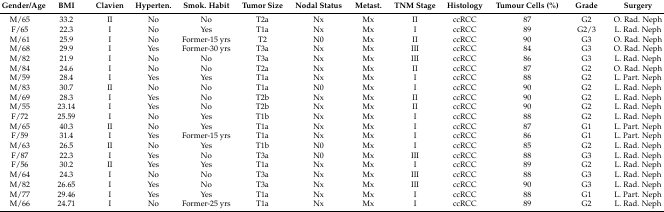
<table><thead><tr><td><b>Gender/Age</b></td><td><b>BMI</b></td><td><b>Clavien</b></td><td><b>Hyperten.</b></td><td><b>Smok. Habit</b></td><td><b>Tumor Size</b></td><td><b>Nodal Status</b></td><td><b>Metast.</b></td><td><b>TNM Stage</b></td><td><b>Histology</b></td><td><b>Tumour Cells (%)</b></td><td><b>Grade</b></td><td><b>Surgery</b></td></tr></thead><tbody><tr><td>M/65</td><td>33.2</td><td>II</td><td>No</td><td>No</td><td>T2a</td><td>Nx</td><td>Mx</td><td>II</td><td>ccRCC</td><td>87</td><td>G2</td><td>O. Rad. Neph</td></tr><tr><td>F/65</td><td>22.3</td><td>I</td><td>No</td><td>Yes</td><td>T1a</td><td>Nx</td><td>Mx</td><td>I</td><td>ccRCC</td><td>89</td><td>G2/3</td><td>L. Rad. Neph</td></tr><tr><td>M/61</td><td>25.9</td><td>I</td><td>No</td><td>Former-15 yrs</td><td>T2</td><td>N0</td><td>Mx</td><td>II</td><td>ccRCC</td><td>90</td><td>G3</td><td>O. Rad. Neph</td></tr><tr><td>M/68</td><td>29.9</td><td>I</td><td>Yes</td><td>Former-30 yrs</td><td>T3a</td><td>Nx</td><td>Mx</td><td>III</td><td>ccRCC</td><td>84</td><td>G3</td><td>O. Rad. Neph</td></tr><tr><td>M/82</td><td>21.9</td><td>I</td><td>No</td><td>No</td><td>T3a</td><td>Nx</td><td>Mx</td><td>III</td><td>ccRCC</td><td>86</td><td>G3</td><td>L. Rad. Neph</td></tr><tr><td>M/84</td><td>24.6</td><td>I</td><td>No</td><td>No</td><td>T2a</td><td>Nx</td><td>Mx</td><td>II</td><td>ccRCC</td><td>87</td><td>G2</td><td>O. Rad. Neph</td></tr><tr><td>M/59</td><td>28.4</td><td>I</td><td>Yes</td><td>Yes</td><td>T1a</td><td>Nx</td><td>Mx</td><td>I</td><td>ccRCC</td><td>88</td><td>G2</td><td>L. Part. Neph</td></tr><tr><td>M/83</td><td>30.7</td><td>II</td><td>No</td><td>No</td><td>T1a</td><td>N0</td><td>Mx</td><td>I</td><td>ccRCC</td><td>90</td><td>G2</td><td>L. Rad. Neph</td></tr><tr><td>M/69</td><td>28.3</td><td>I</td><td>Yes</td><td>No</td><td>T2b</td><td>Nx</td><td>Mx</td><td>II</td><td>ccRCC</td><td>90</td><td>G2</td><td>L. Rad. Neph</td></tr><tr><td>M/55</td><td>23.14</td><td>I</td><td>Yes</td><td>No</td><td>T2b</td><td>Nx</td><td>Mx</td><td>II</td><td>ccRCC</td><td>90</td><td>G2</td><td>L. Rad. Neph</td></tr><tr><td>F/72</td><td>25.59</td><td>I</td><td>No</td><td>Yes</td><td>T1b</td><td>Nx</td><td>Mx</td><td>I</td><td>ccRCC</td><td>88</td><td>G2</td><td>L. Rad. Neph</td></tr><tr><td>M/65</td><td>40.3</td><td>II</td><td>No</td><td>Yes</td><td>T1a</td><td>Nx</td><td>Mx</td><td>I</td><td>ccRCC</td><td>87</td><td>G1</td><td>L. Part. Neph</td></tr><tr><td>F/59</td><td>31.4</td><td>I</td><td>Yes</td><td>Former-15 yrs</td><td>T1a</td><td>Nx</td><td>Mx</td><td>I</td><td>ccRCC</td><td>86</td><td>G1</td><td>L. Part. Neph</td></tr><tr><td>M/63</td><td>26.5</td><td>II</td><td>No</td><td>Yes</td><td>T1b</td><td>N0</td><td>Mx</td><td>I</td><td>ccRCC</td><td>85</td><td>G2</td><td>L. Rad. Neph</td></tr><tr><td>F/87</td><td>22.3</td><td>I</td><td>Yes</td><td>No</td><td>T3a</td><td>N0</td><td>Mx</td><td>III</td><td>ccRCC</td><td>88</td><td>G3</td><td>L. Rad. Neph</td></tr><tr><td>F/56</td><td>30.2</td><td>II</td><td>Yes</td><td>Yes</td><td>T1a</td><td>Nx</td><td>Mx</td><td>I</td><td>ccRCC</td><td>89</td><td>G2</td><td>L. Rad. Neph</td></tr><tr><td>M/64</td><td>24.3</td><td>I</td><td>No</td><td>No</td><td>T3a</td><td>Nx</td><td>Mx</td><td>III</td><td>ccRCC</td><td>88</td><td>G3</td><td>L. Rad. Neph</td></tr><tr><td>M/82</td><td>26.65</td><td>I</td><td>Yes</td><td>No</td><td>T3a</td><td>Nx</td><td>Mx</td><td>III</td><td>ccRCC</td><td>90</td><td>G3</td><td>L. Rad. Neph</td></tr><tr><td>M/77</td><td>29.46</td><td>I</td><td>Yes</td><td>Yes</td><td>T1a</td><td>Nx</td><td>Mx</td><td>I</td><td>ccRCC</td><td>88</td><td>G1</td><td>L. Part. Neph</td></tr><tr><td>M/66</td><td>24.71</td><td>I</td><td>No</td><td>Former-25 yrs</td><td>T1a</td><td>Nx</td><td>Mx</td><td>I</td><td>ccRCC</td><td>89</td><td>G2</td><td>L. Rad. Neph</td></tr></tbody></table>